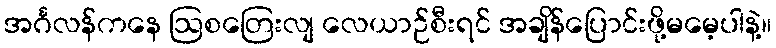
အင်္ဂလန်ကနေ ဩစတြေးလျ လေယာဉ်စီးရင် အချိန်ပြောင်းဖို့မမေ့ပါနဲ့။